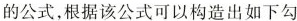
的公式，根据该公式可以构造出如下勾